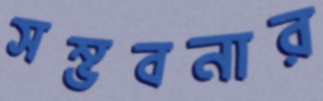
সম্ভবনার